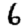
Digit: 6